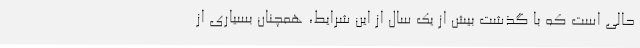
حالی است که با گذشت بیش از یک سال از این شرایط، همچنان بسیاری از